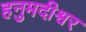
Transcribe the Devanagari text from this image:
हनुमदीश्वर